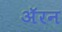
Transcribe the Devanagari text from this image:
अॅरन